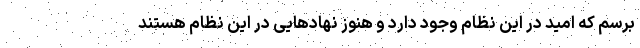
برسم که امید در این نظام وجود دارد و هنوز نهادهایی در این نظام هستند